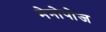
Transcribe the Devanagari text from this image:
मेनोपोज